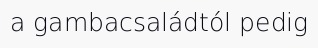
a gambacsaládtól pedig